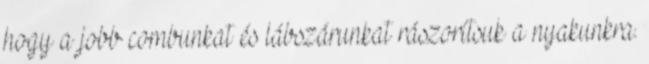
hogy a jobb combunkat és lábszárunkat rászorítsuk a nyakunkra.